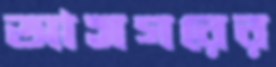
আসগরের